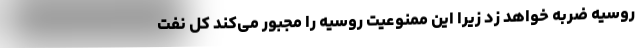
روسیه ضربه خواهد زد زیرا این ممنوعیت روسیه را مجبور می‌کند کل نفت